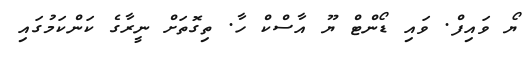
ޔޯ ވައިފް. ވައި ޑޯންޓް ޔޫ އާސްކް ހާ. ތިގޮތަށް ނީރާގެ ކަންކަމުގައި